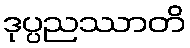
ဒုပ္ပညဿာတိ